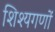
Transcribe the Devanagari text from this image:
शिश्यगणों